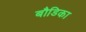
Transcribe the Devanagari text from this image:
बौडिका